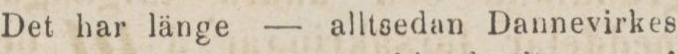
Det har länge — alltsedan Dannevirkes